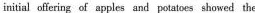
initial offering of apples and petatoes showed the